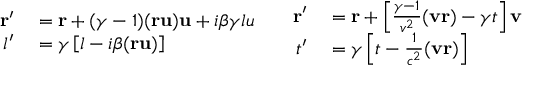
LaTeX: \begin{array} { c c } { { \begin{array} { r l } { \mathbf { r } ^ { \prime } } & { { } = \mathbf { r } + ( \gamma - 1 ) ( \mathbf { r u } ) \mathbf { u } + i \beta \gamma l u } \\ { l ^ { \prime } } & { { } = \gamma \left[ l - i \beta ( \mathbf { r u } ) \right] } \end{array} } } & { { \begin{array} { r l } { \mathbf { r } ^ { \prime } } & { { } = \mathbf { r } + \left[ { \frac { \gamma - 1 } { v ^ { 2 } } } ( \mathbf { v r } ) - \gamma t \right] \mathbf { v } } \\ { t ^ { \prime } } & { { } = \gamma \left[ t - { \frac { 1 } { c ^ { 2 } } } ( \mathbf { v r } ) \right] } \end{array} } } \end{array}